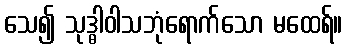
သေ၍ သုဒ္ဓါဝါသဘုံရောက်သော မထေရ်။